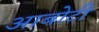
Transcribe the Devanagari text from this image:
आबोटी